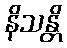
နိသန္တိ